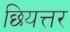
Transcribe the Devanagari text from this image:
छियत्तर